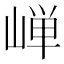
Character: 𮱯